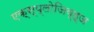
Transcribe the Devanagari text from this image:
एक्स्प्लोजिव्ह्ज